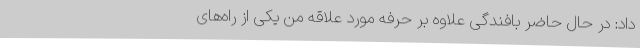
داد: در حال حاضر بافندگی علاوه بر حرفه مورد علاقه‌ من یکی از راه‌های